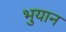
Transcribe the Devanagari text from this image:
भुयान